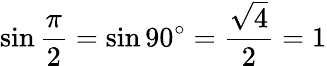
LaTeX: \sin{\frac{\pi}{2}}=\sin 90^{\circ}={\frac{\sqrt{4}}{2}}=1